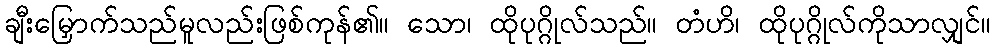
ချီးမြှောက်သည်မူလည်းဖြစ်ကုန်၏။ သော၊ ထိုပုဂ္ဂိုလ်သည်။ တံဟိ၊ ထိုပုဂ္ဂိုလ်ကိုသာလျှင်။